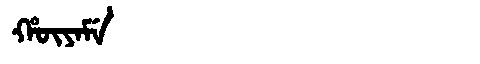
Manchu: ᡥᡡᠶᠠᠮᡝ
Romanization: HŪYAME